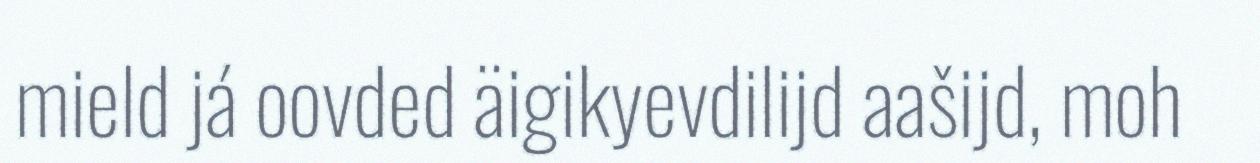
mield já oovded äigikyevdilijd aašijd, moh